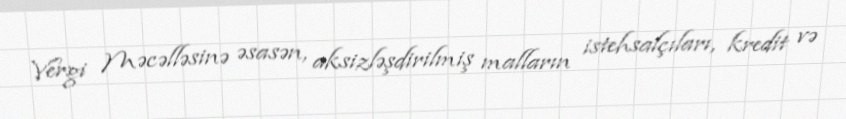
Vergi Məcəlləsinə əsasən, aksizləşdirilmiş malların istehsalçıları, kredit və